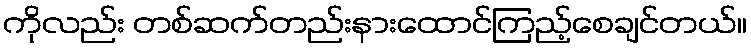
ကိုလည်း တစ်ဆက်တည်းနားထောင်ကြည့်စေချင်တယ်။